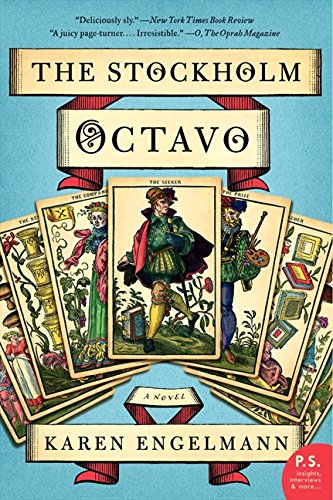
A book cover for The Stockholm Octavo; Karen Engelmann; Science Fiction & Fantasy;